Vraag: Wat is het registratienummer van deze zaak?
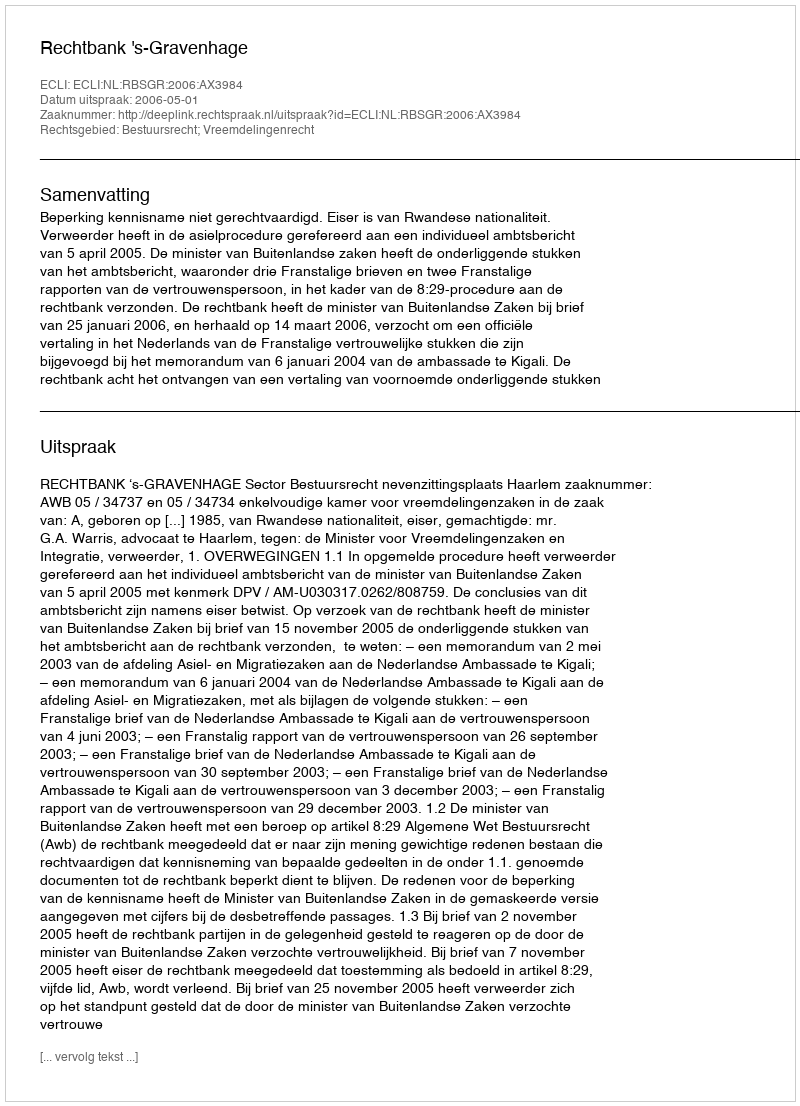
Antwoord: http://deeplink.rechtspraak.nl/uitspraak?id=ECLI:NL:RBSGR:2006:AX3984